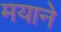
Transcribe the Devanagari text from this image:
मयाने